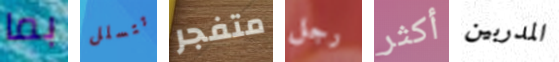
بما تتسلل متفجر رجل أكثر المدربين